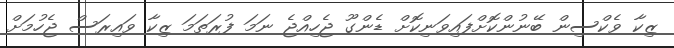
ޒިކާ ވެކްސިން ބޭނުންކޮށްފައިވަނިކޮށް ޑެންގޫ ޖެހިއްޖެ ނަމަ ފުރަތަމަ ޒިކާ ވައިރަސް ޖެހުމަށް